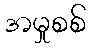
အမှုစစ်